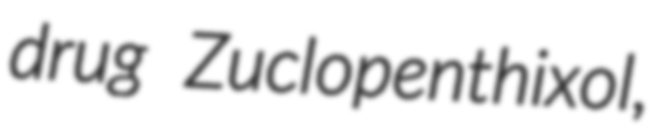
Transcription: drug Zuclopenthixol,